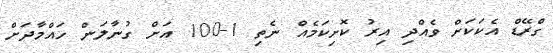
ގްރޭޑް އެކަކަށް ވެއްދި އިރު ކޮށިކަމެއް ނެތި 1-100 އަށް ގުނާލަން ހައްމާދަށް